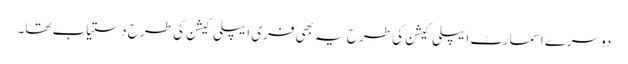
دوسرے اسمارٹ ایپلی کیشن کی طرح یہ بھی فری ایپلی کیشن کی طرح دستیاب تھا۔